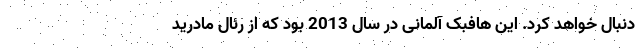
دنبال خواهد کرد. این هافبک آلمانی در سال 2013 بود که از رئال مادرید